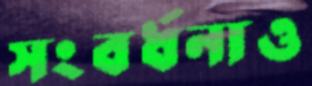
সংবর্ধনাও